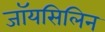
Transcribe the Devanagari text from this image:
जॉयसिलिन